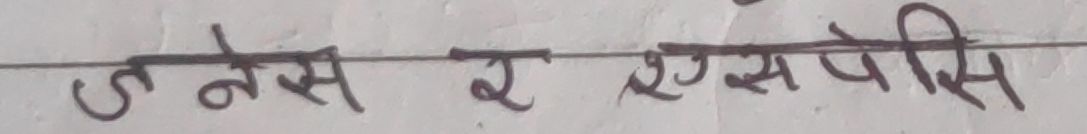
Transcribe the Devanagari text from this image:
ज नैस र ऎस पोसि